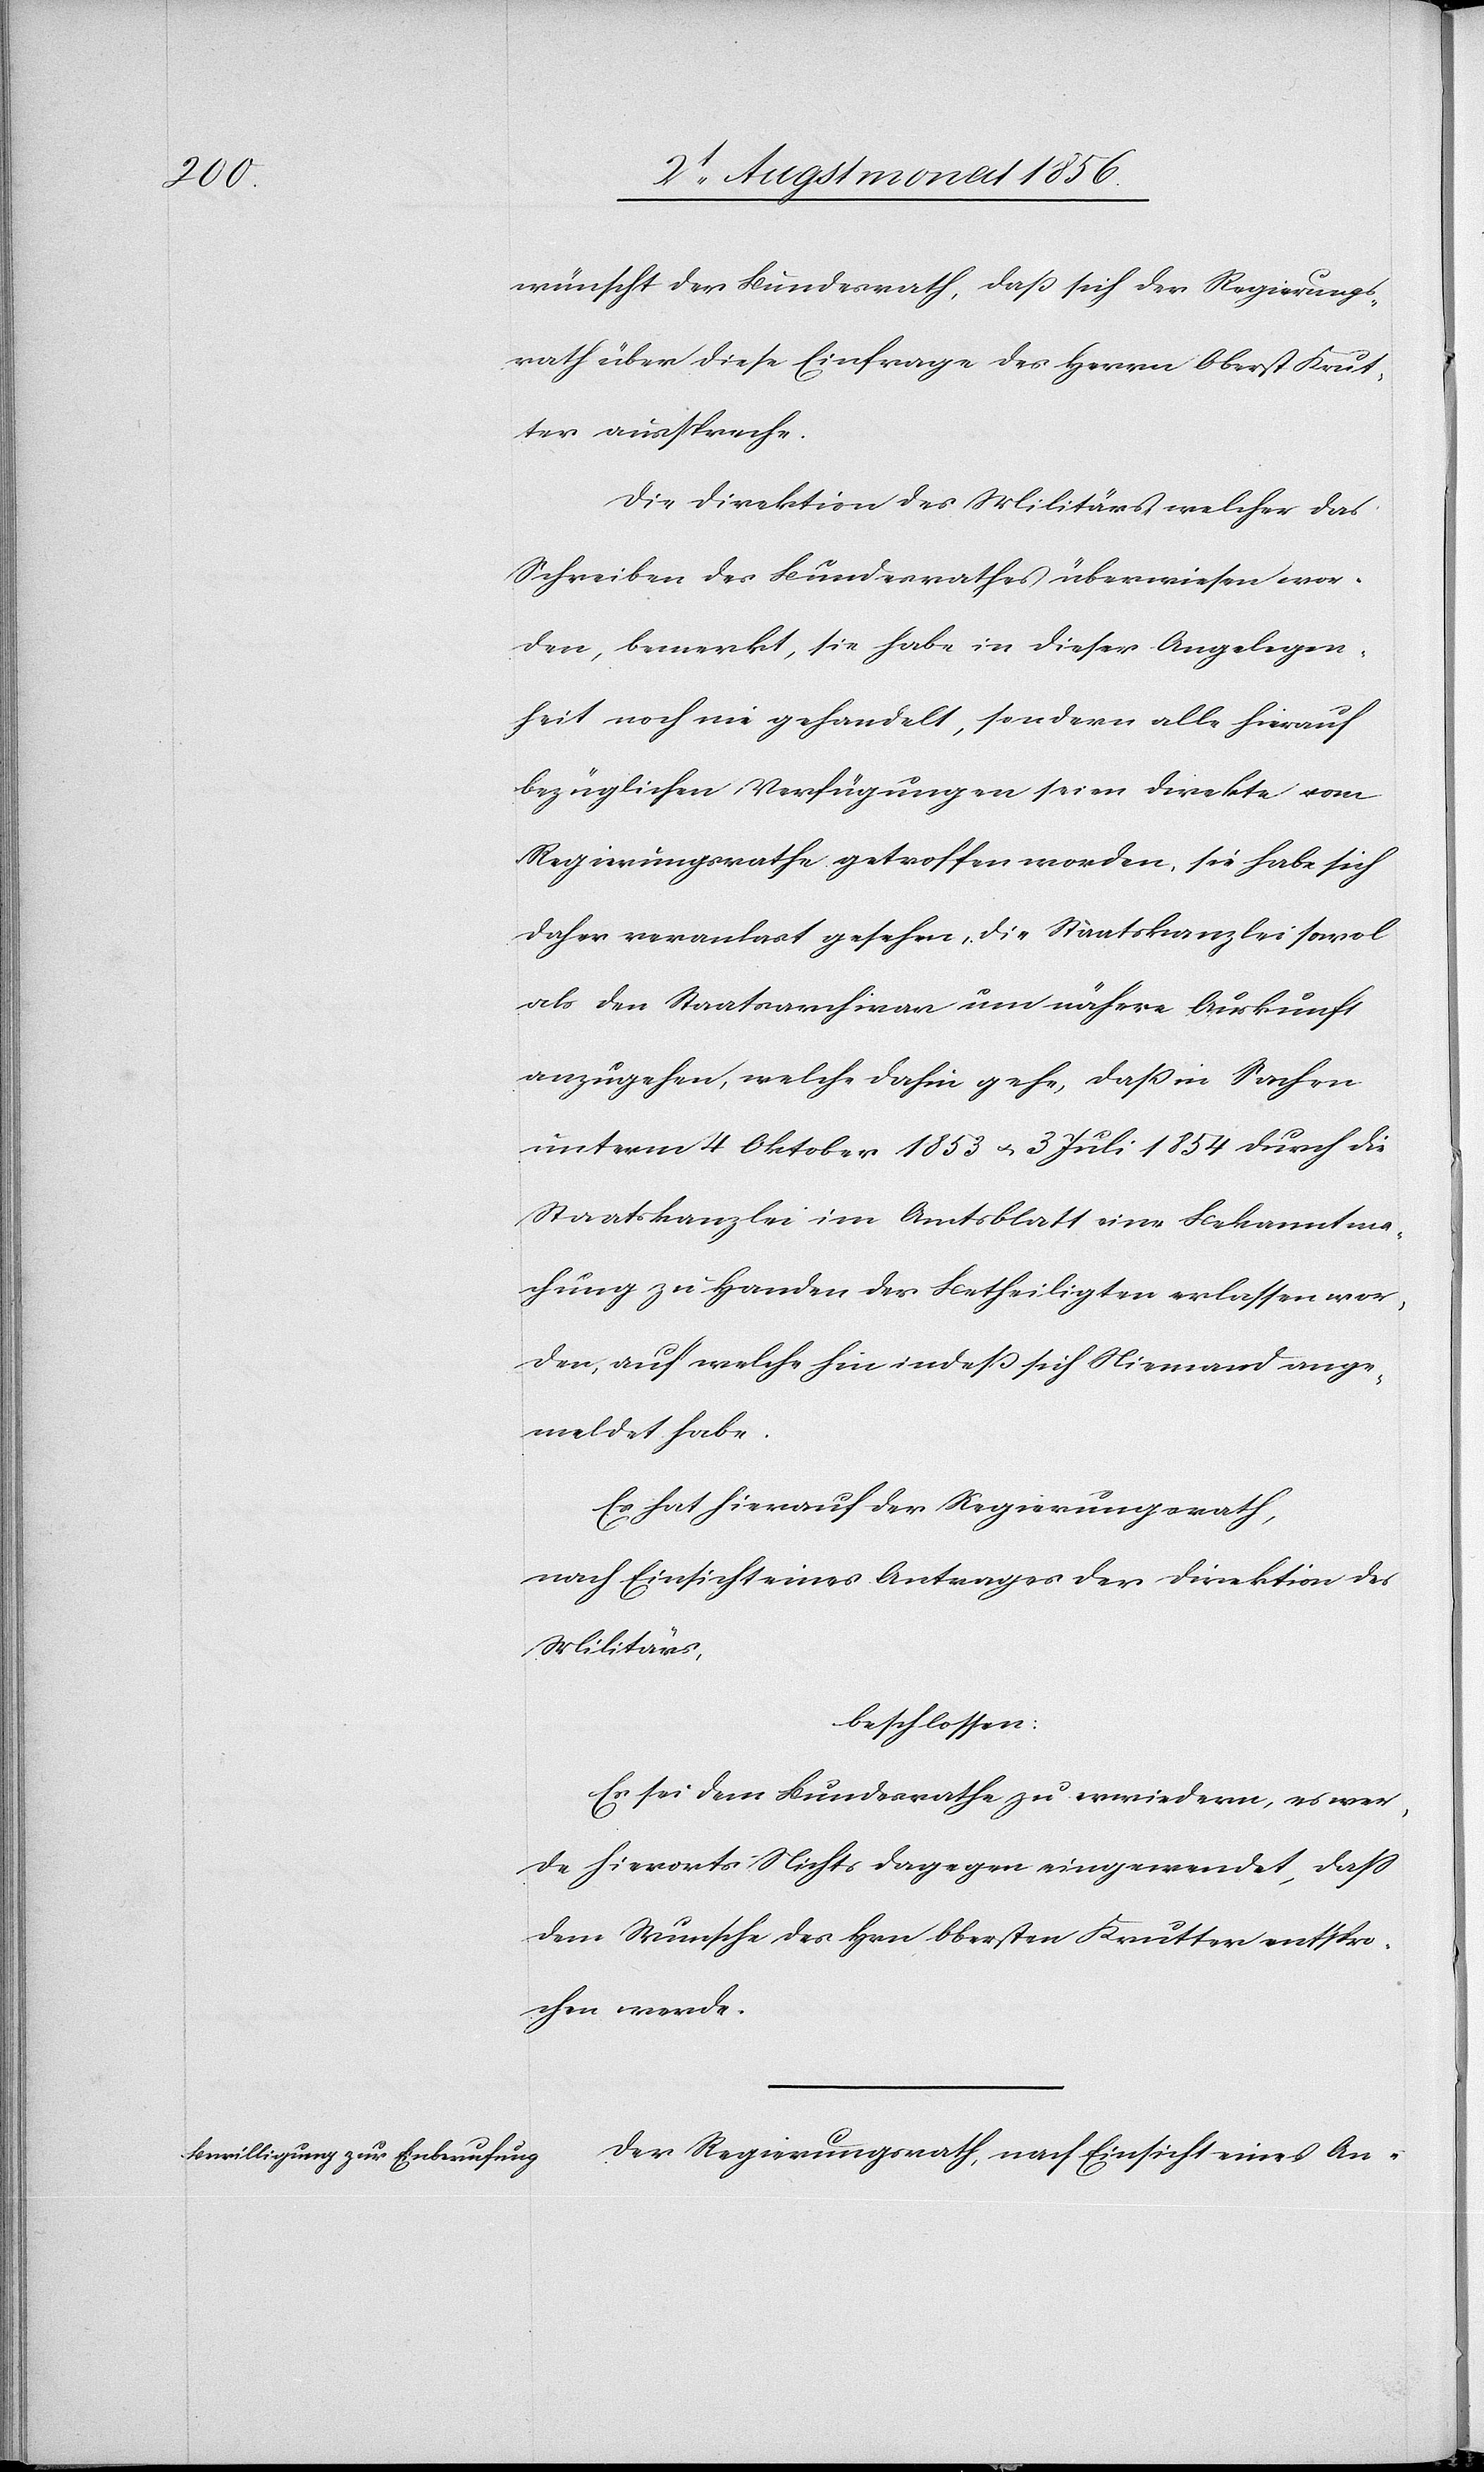
wünscht der Bundesrath, dass sich der Regierungs¬
rath über diese Einfrage des Herrn Oberst Krut¬
ter ausspreche.
Die Direktion des Militärs, welcher das
Schreiben des Bundesrathes überwiesen wor¬
den, bemerkt, sie habe in dieser Angelegen¬
heit noch nie gehandelt, sondern alle hierauf
bezüglichen Verfügungen seien direkte vom
Regierungsrathe getroffen worden, sie habe sich
daher veranlast [sic!] gesehen, die Staatskanzlei sowol
als den Staatsarchivar um nähere Auskunft
anzugehen, welche dahin gehe, dass in Sachen
unterm 4 Oktober 1853 u. 3 Juli 1854 durch die
Staatskanzlei im Amtsblatt eine Bekanntma¬
chung zu Handen der Betheiligten erlassen wor¬
den, auf welche hin indess sich Niemand ange¬
meldet habe.
Es hat hierauf der Regierungsrath,
nach Einsicht eines Antrages der Direktion des
Militärs,
beschlossen:
Es sei dem Bundesrathe zu erwiedern, es wer¬
de hierorts Nichts dagegen eingewendet, dass
dem Wunsche des Hrn Obersten Krutter entspro¬
chen werde.
Der Regierungsrath, nach Einsicht eines An-